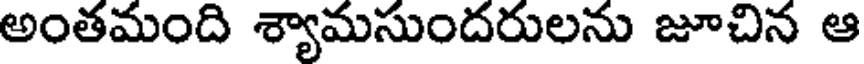
అంతమంది శ్యామసుందరులను జూచిన ఆ